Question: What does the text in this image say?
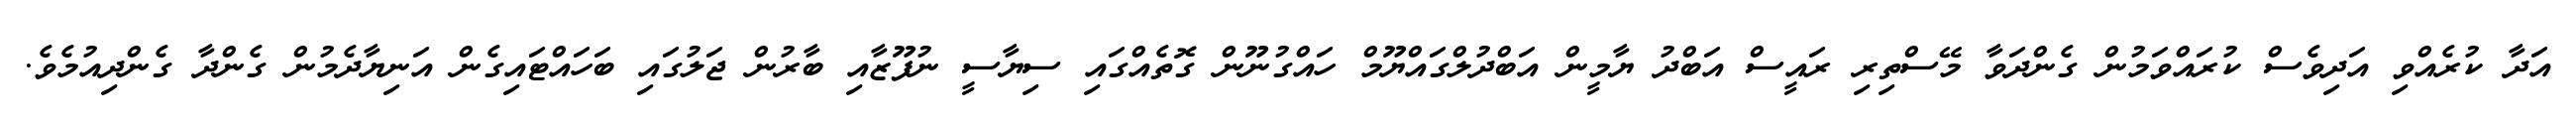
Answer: އަދާ ކުރެއްވި އަދިވެސް ކުރައްވަމުން ގެންދަވާ މޭސްތިރި ރައީސް އަބްދު ޔާމީން އަބްދުލްގައްޔޫމް ހައްގުނޫން ގޮތެއްގައި ސިޔާސީ ނުފޫޒާއި ބާރުން ޖަލުގައި ބަހައްޓައިގެން އަނިޔާދެމުން ގެންދާ ގެންދިއުމެވެ.